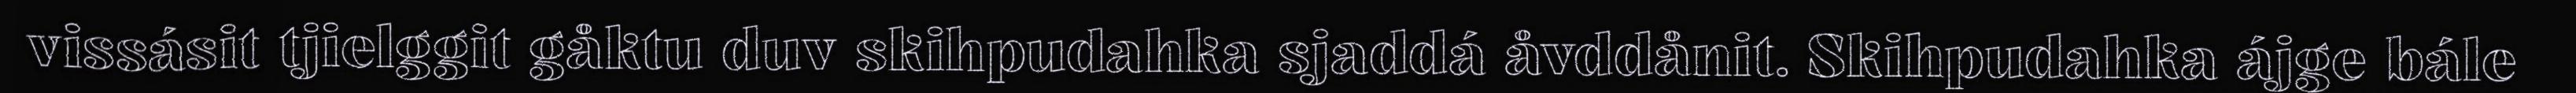
vissásit tjielggit gåktu duv skihpudahka sjaddá åvddånit. Skihpudahka ájge bále